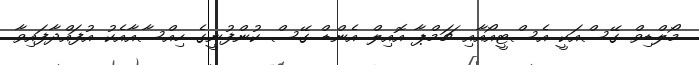
މޯލްޑިވް ގޭސްއަކީ އެސްޓީއޯއާއި ޗަމްޕާ އޮއިލް އެންޑް ގޭސް ކުންފުނީގެ ހިއްސާއާއެކު އުފައްދާފައިވާ